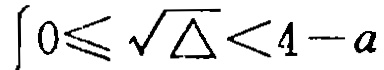
$0\leqslant \sqrt{\triangle}<4 - a$